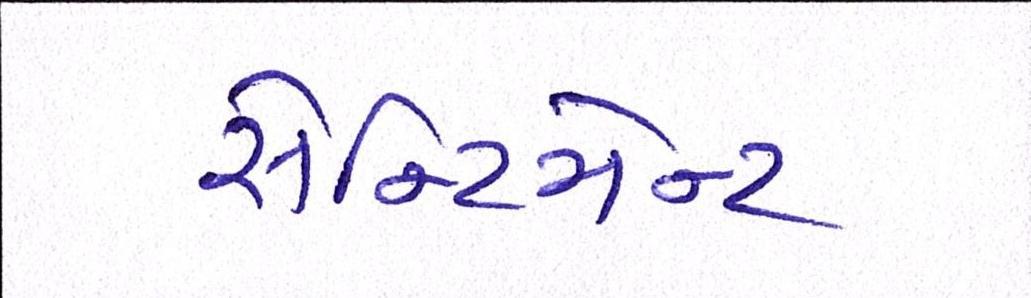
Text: સેન્ટિમેન્ટ